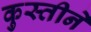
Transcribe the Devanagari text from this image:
कुस्तीने